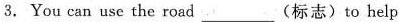
3.You can use the road(标志)to help